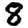
Digit: 8